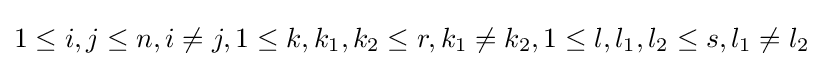
1\leq i,j\leq n,i\neq j,1\leq k,k_{1},k_{2}\leq r,k_{1}\neq k_{2},1\leq l,l_{1},l_{2}\leq s,l_{1}\neq l_{2}